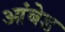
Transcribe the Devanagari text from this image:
आंबेड